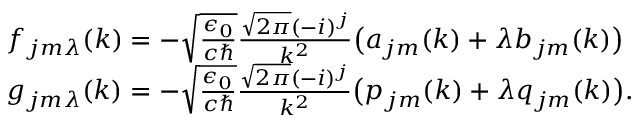
\begin{array} { r l } & { f _ { j m \lambda } ( k ) = - \sqrt { \frac { \epsilon _ { 0 } } { c \hbar } } \frac { \sqrt { 2 \pi } ( - i ) ^ { j } } { k ^ { 2 } } \big ( a _ { j m } ( k ) + \lambda b _ { j m } ( k ) \big ) } \\ & { g _ { j m \lambda } ( k ) = - \sqrt { \frac { \epsilon _ { 0 } } { c \hbar } } \frac { \sqrt { 2 \pi } ( - i ) ^ { j } } { k ^ { 2 } } \big ( p _ { j m } ( k ) + \lambda q _ { j m } ( k ) \big ) . } \end{array}